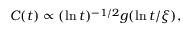
C ( t ) \propto ( \ln t ) ^ { - 1 / 2 } g ( \ln t / \xi ) ,